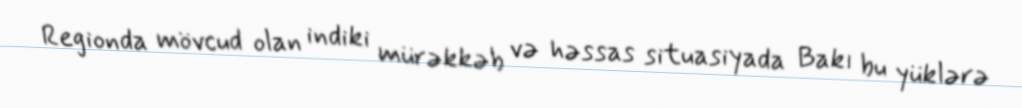
Regionda mövcud olan indiki mürəkkəb və həssas situasiyada Bakı bu yüklərə